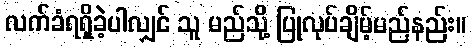
လက်ခံရရှိခဲ့ပါလျှင် သူ မည်သို့ ပြုလုပ်ချိမ့်မည်နည်း။